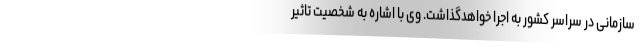
سازمانی در سراسر کشور به اجرا خواهدگذاشت. وی با اشاره به شخصیت تاثیر